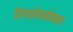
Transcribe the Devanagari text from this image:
दिग्दर्शनासोबातच